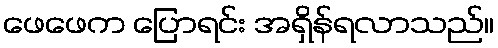
ဖေဖေက ပြောရင်း အရှိန်ရလာသည်။